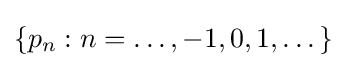
\{p_{n}:n=\dots ,-1,0,1,\dots \}